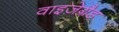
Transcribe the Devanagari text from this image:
वाइज़ेग्रैड